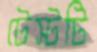
টেস্টটি